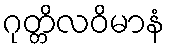
ဂုတ္တိလဝိမာနံ